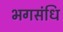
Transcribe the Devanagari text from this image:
भगसंधि